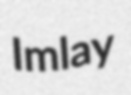
Imlay